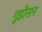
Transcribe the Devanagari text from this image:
गूडीसन